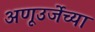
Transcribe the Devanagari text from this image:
अणूउर्जेच्या